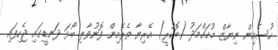
ހުސެއިން ނިޔާޒް މުހައްމަދު (ބޮކުރީ) އޭރިޔާ ތެރެއިން ފޮނުވާލި ބޯޅަ ދަނޑީގައި ޖެހިފައި